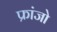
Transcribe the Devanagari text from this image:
फ्रांजो